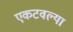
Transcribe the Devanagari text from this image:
एकटवल्या